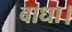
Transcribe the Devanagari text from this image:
बाधा।